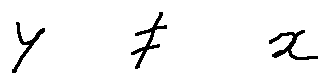
y \neq x